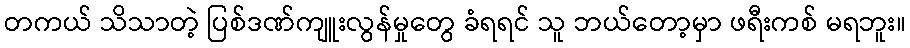
တကယ် သိသာတဲ့ ပြစ်ဒဏ်ကျူးလွန်မှုတွေ ခံရရင် သူ ဘယ်တော့မှာ ဖရီးကစ် မရဘူး။